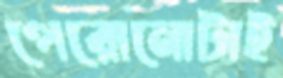
পেরোনোটাই